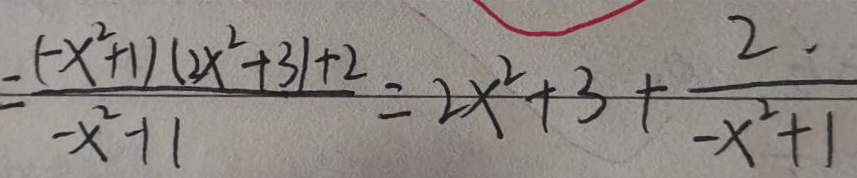
= \frac { - ( - x ^ { 2 } + 1 ) ( 2 x ^ { 2 } + 3 ) + 2 } { - x ^ { 2 } + 1 } = 2 x ^ { 2 } + 3 + \frac { 2 . } { - x ^ { 2 } + 1 }